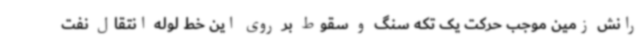
رانش زمین موجب حرکت یک تکه سنگ و سقوط بر روی این خط لوله انتقال نفت